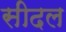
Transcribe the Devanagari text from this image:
सीदल